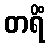
တရိံ